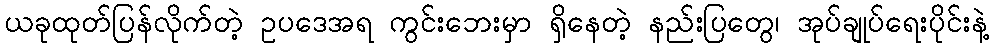
ယခုထုတ်ပြန်လိုက်တဲ့ ဥပဒေအရ ကွင်းဘေးမှာ ရှိနေတဲ့ နည်းပြတွေ၊ အုပ်ချုပ်ရေးပိုင်းနဲ့